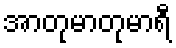
အာတုမာတုမာရီ